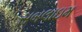
સબલાઇમ